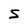
Character: S